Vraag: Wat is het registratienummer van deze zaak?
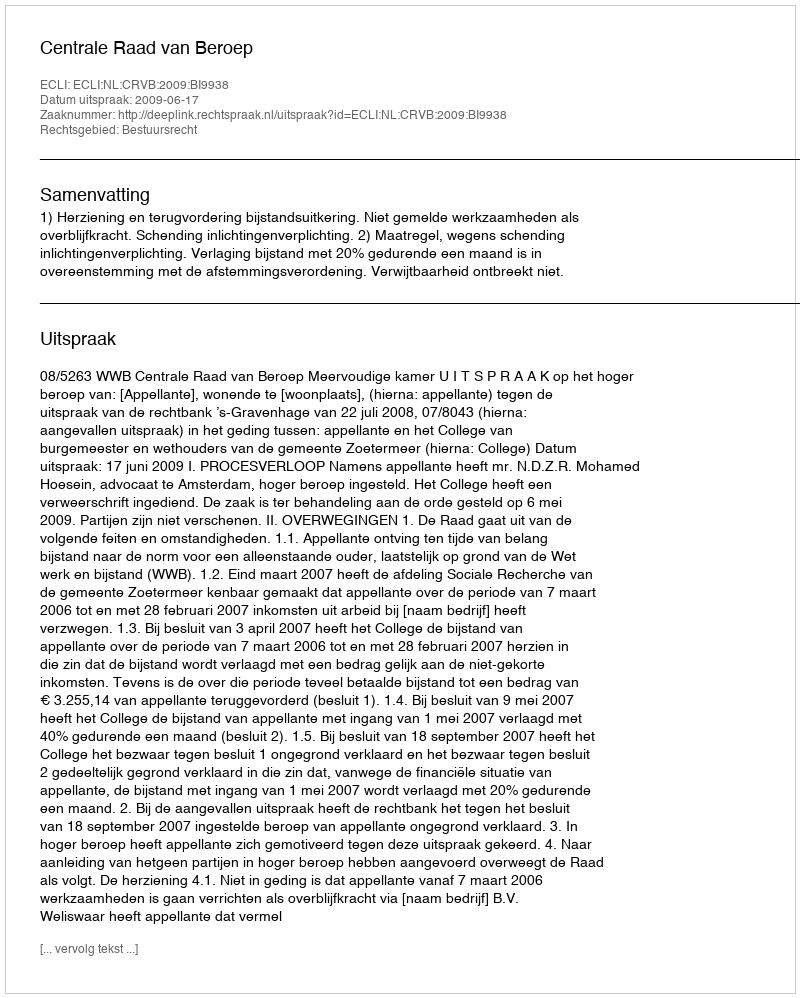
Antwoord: http://deeplink.rechtspraak.nl/uitspraak?id=ECLI:NL:CRVB:2009:BI9938